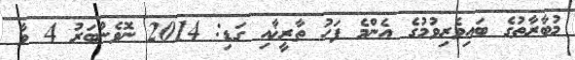
މުބާރާތުގެ ބައިވެރިވުމުގެ އެންމެ ފަހު ތާރީޚާއި ގަޑި: 2014 ނޮވެންބަރު 4 ވާ